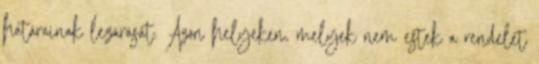
határainak lezárását. Azon helyeken, melyek nem estek a rendelet